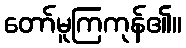
တော်မူကြကုန်၏။